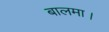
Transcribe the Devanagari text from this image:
बालमा।